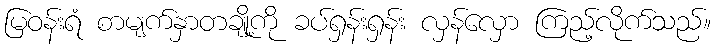
မြဝန်းရံ စာမျက်နှာတချို့ကို ခပ်ရှန်းရှန်း လှန်လှော ကြည့်လိုက်သည်။